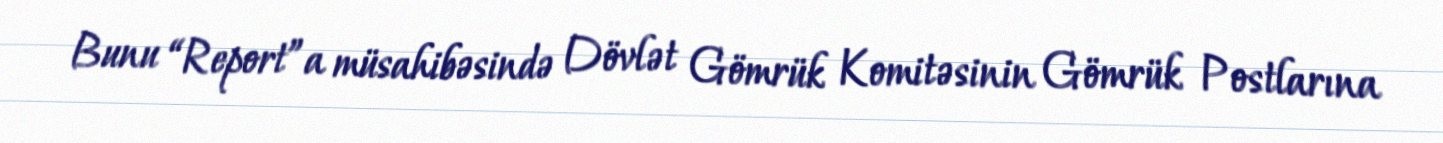
Bunu “Report”a müsahibəsində Dövlət Gömrük Komitəsinin Gömrük Postlarına